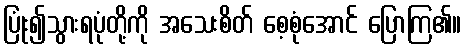
ပြုံး၍သွားရပုံတို့ကို အသေးစိတ် စေ့စုံအောင် ပြောကြ၏။